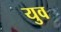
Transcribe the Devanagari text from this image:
युव